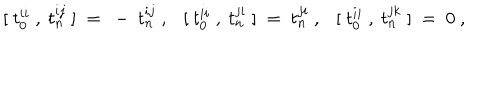
[ ~ t _ { 0 } ^ { i i } ~ , ~ t _ { n } ^ { i j } ~ ] ~ = ~ - ~ t _ { n } ^ { i j } ~ , [ ~ t _ { 0 } ^ { i i } ~ , ~ t _ { n } ^ { j i } ~ ] ~ = ~ t _ { n } ^ { j i } ~ , [ ~ t _ { 0 } ^ { i i } ~ , ~ t _ { n } ^ { j k } ~ ] ~ = ~ 0 ~ ,